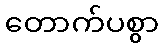
တောက်ပစွာ